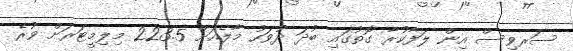
ސަރވިސް އިން ލަފާކުރާ ގޮތުގައި ބުދަ ދުވަހު މާލެއަށް 223.5 މިލިމީޓަރަށް ވުރެ